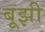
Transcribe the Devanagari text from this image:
बूझी